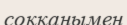
соққанымен